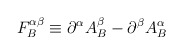
\begin{align*}F_{B}^{\alpha \beta }\equiv \partial ^{\alpha }A_{B}^{\beta }-\partial^{\beta }A_{B}^{\alpha }\end{align*}